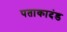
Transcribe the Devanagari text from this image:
पताकादंड